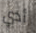
أدي